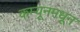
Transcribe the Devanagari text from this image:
कम्यूनमधून